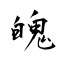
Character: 魄